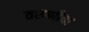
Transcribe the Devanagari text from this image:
तरुणीचा